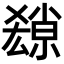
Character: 𡮱